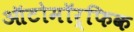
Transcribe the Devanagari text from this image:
ऑटोमॉर्फिक